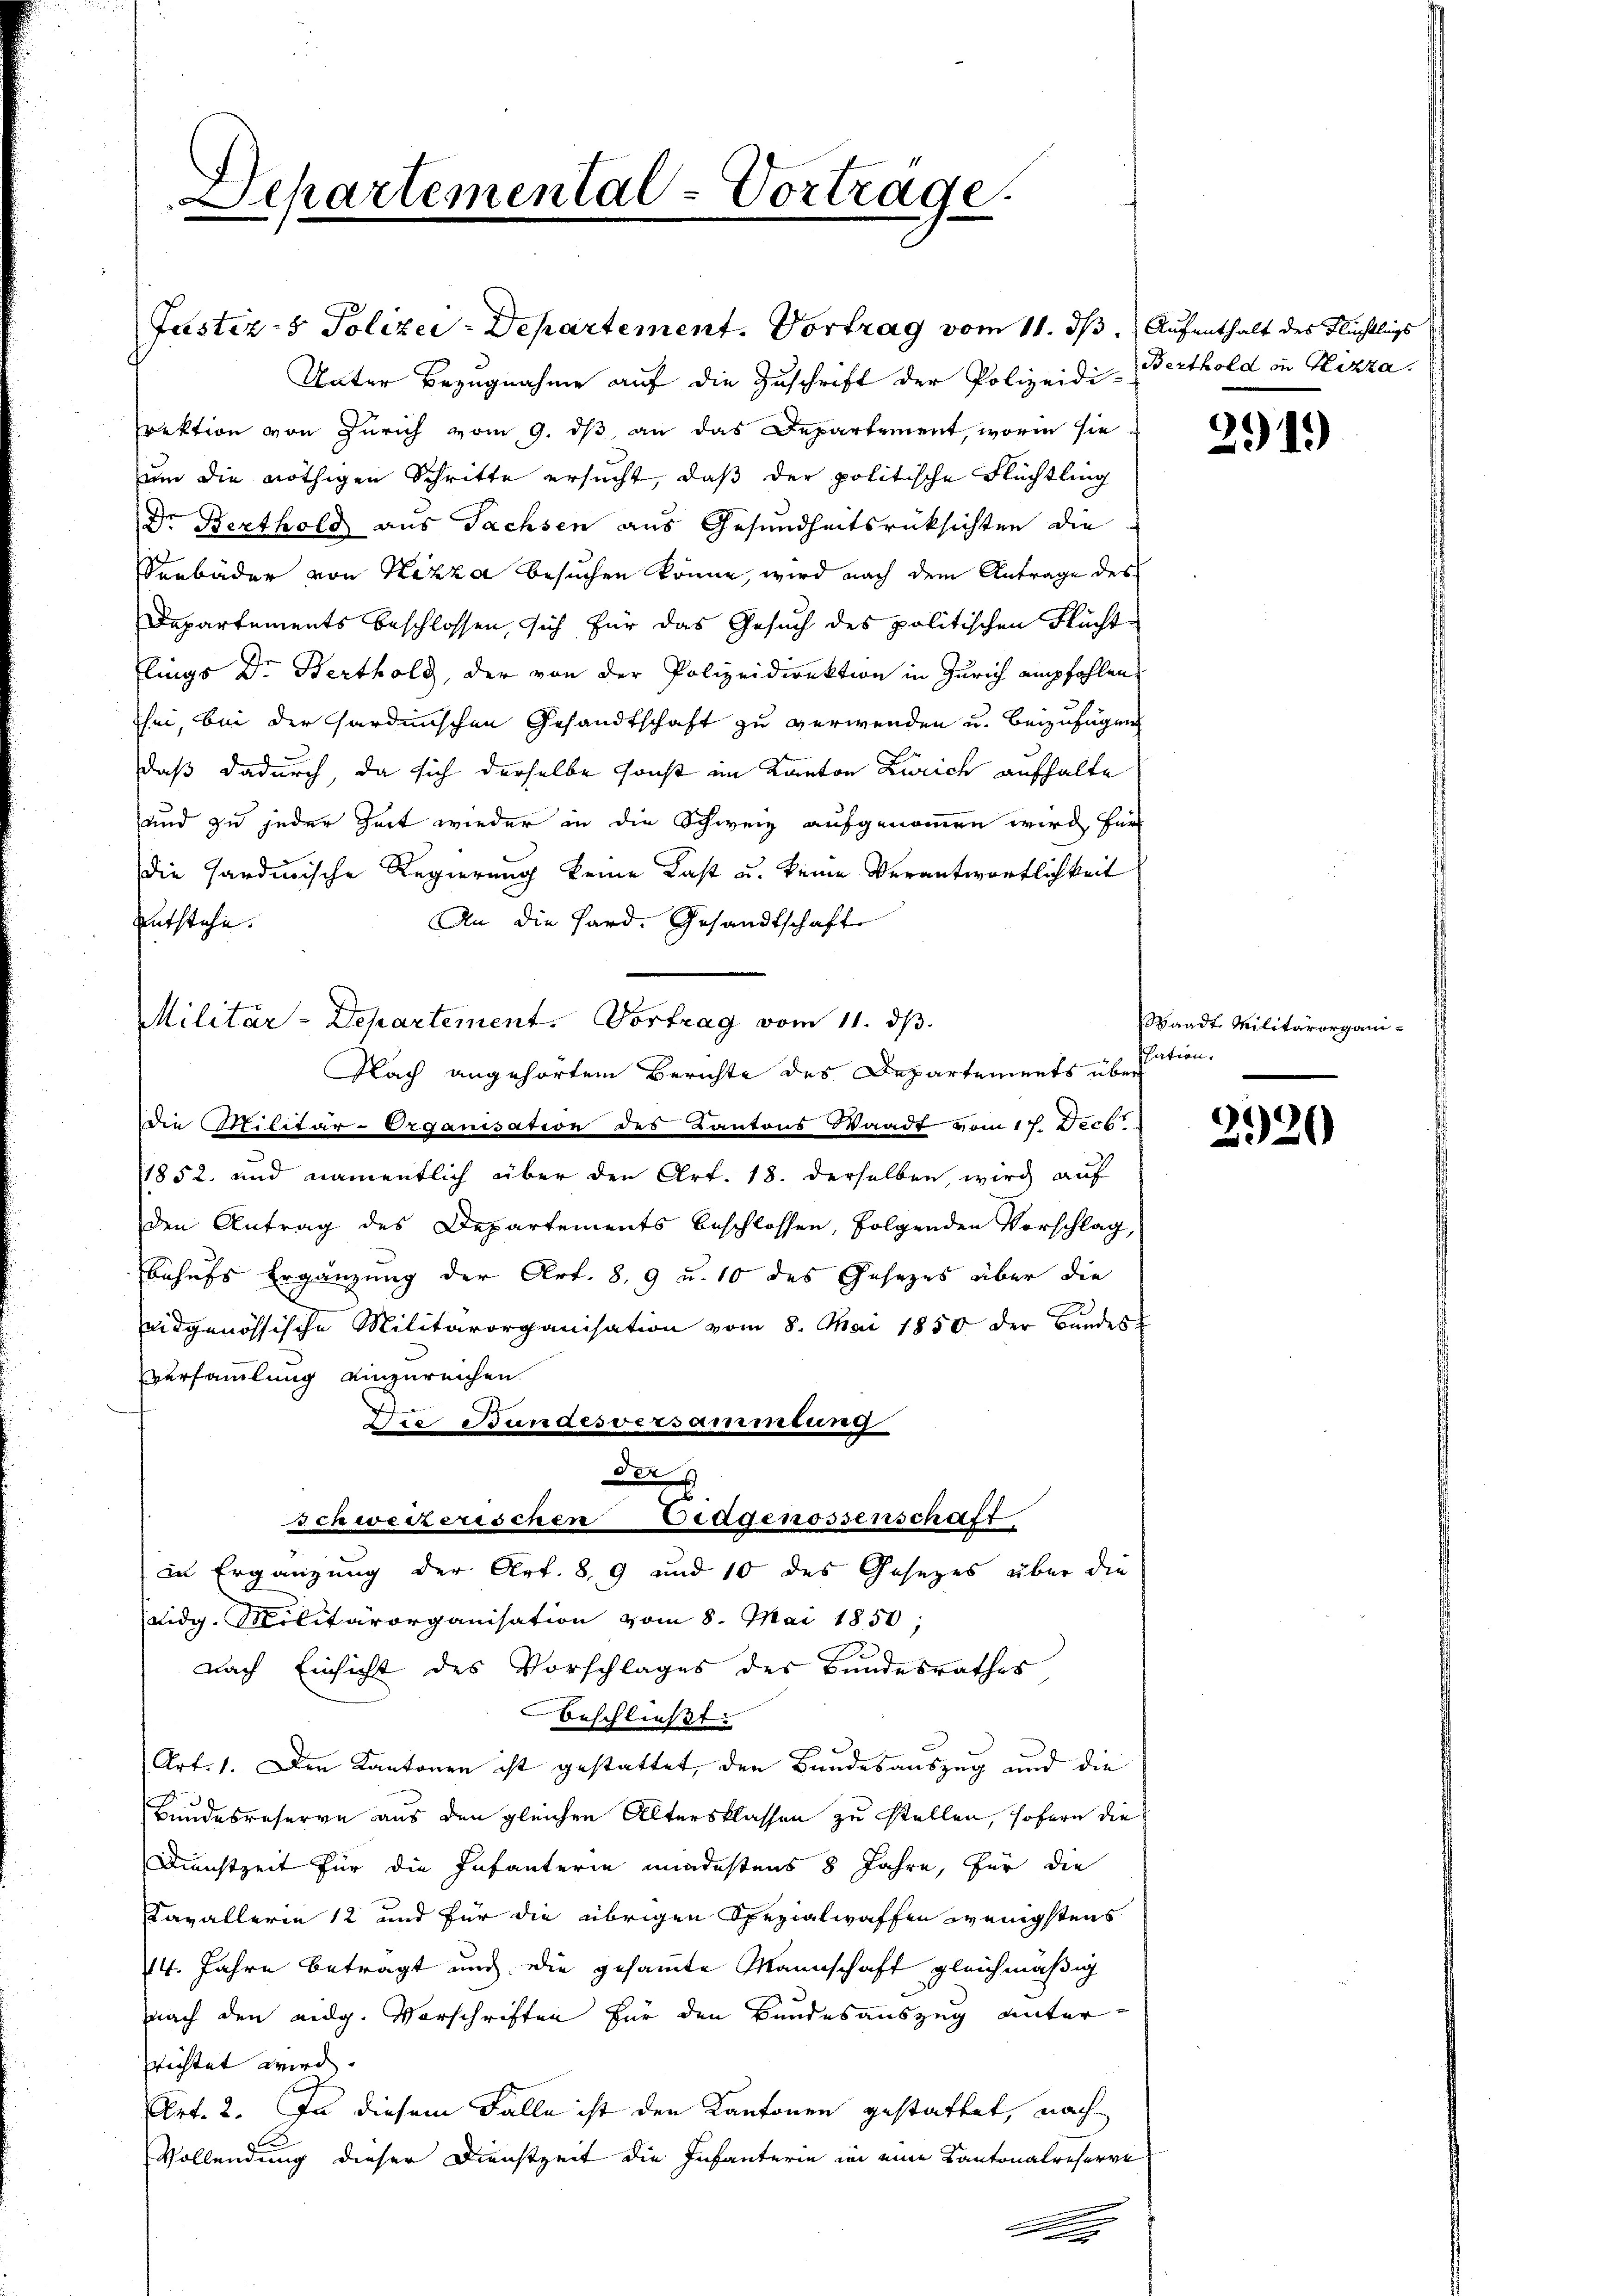
Lepartemental-Vortrage.

Justiz- & Polizei-Departement. Vortrag vom 11. ds. Aufenthalt des Flüchtlings
Unter Bezugnahme auf die Zuschrift der Polizeidi-Berthold in Gizza.
rektion von Zürich vom 9. ds, an das Departement, worin sie
um die nöthigen Schritte ersucht, daß der politische Flüchtling
Dr. Berthold aus Sachsen aus Gesundheitsrücksichten die
Senbäder von Nizza besuchen könne, wird nach dem Antrage des
Departements beschlossen, sich für das Gesuch des politischen Fluchte
lings Dr. Berthold, der von der Polizeidirektion in Zürich empfohlen.
sei, bei der Sardinischen Gesandtschaft zu verwenden u. beizufügen
daß dadurch, da sich derselbe sonst im Kanton Zürich aufhalte
und zu jeder Zeit wieder in die Schweiz aufgenommen wird für
die Handwische Regierung keine Last u. keine Verantwortlichkeit
An die Hard. Gesandtschaft
Entstehe.
Militär-Departement. Vortrag vom 11. ds.
Flach angehörtem Berichte des Departements über
die Militär-Organisation des Kantons Waadt vom 17. Decbr
1852. und namentlich über den Art. 18. derselben, wird auf
den Antrag des Departements beschlossen, folgenden Vorschlag,
behufs Ergänzung der Art. 8, 9 u. 10 des Gesezes über die
eidgenössische Militärorganisation vom 8. Mai 1850 der Bŭndes-
Versammlung einzureichen
.
Die Bandesversammlung
der
schweizerischen Eidgenossenschaft
in Ergänzung der Art. 8, 9 und 10 des Gesezes über die
Eidg. Militärorganisation vom 8. Mai 1850;
nach Einsicht des Vorschlages des Bundesrathes,
beschließt:
Art. 1. Den Kantonen ist gestattet, den Bundesauszug und die
Bundesreserve aus den gleichen Altersklassen zu stellen, sofern die
Dienstzeit für die Infanterie mindestens 8 Jahre, für die
Cavallerie 12 und für die übrigen Spezialwaffen wenigstens
14. Jahre betragt und die gesammte Mannschaft gleichmäßig
nach den eidg. Vorschriften für den Bundesauszug unter-
richtet wird.
Art. 2. In diesem Falle ist den Kantonen gestattet, nach
Vollendung dieser Dienstzeit die Infanterie in eine Kantonalreserve
.

291)

Waadt. Militärorganiscation.

2920